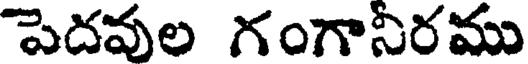
పెదవుల గంగానీరము